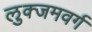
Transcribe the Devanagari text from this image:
लुक्जमवर्ग